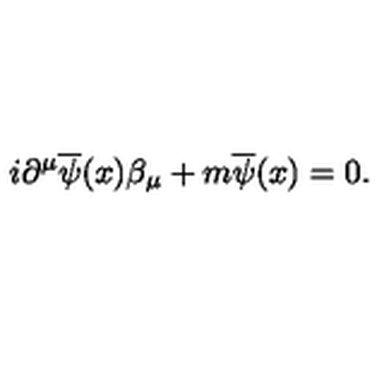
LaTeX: i \partial ^ { \mu } \overline { { \psi } } ( x ) \beta _ { \mu } + m \overline { { \psi } } ( x ) = 0 .